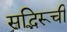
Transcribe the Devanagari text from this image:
सद्भिरूची